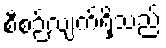
စီစဉ်လျက်ရှိသည်